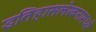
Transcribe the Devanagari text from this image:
इतिहासलेखनामध्ये